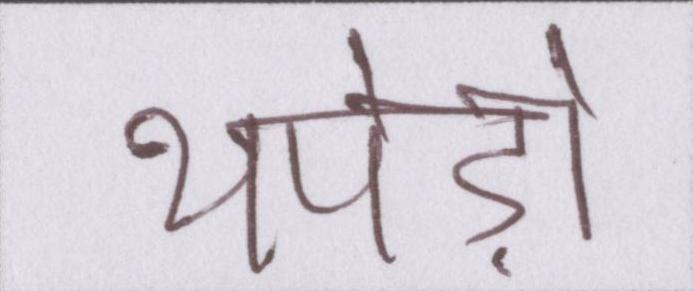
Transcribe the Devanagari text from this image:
थपेड़ों